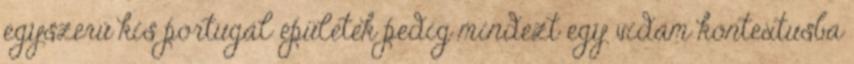
egyszerű kis portugál épületek pedig mindezt egy vidám kontextusba